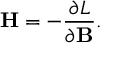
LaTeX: \mathbf { H } = - \frac { \partial L } { \partial \mathbf { B } } .